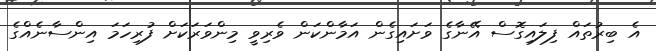
އެ ބިރުތައް ފިލައިގޮސް އޭނާގެ ވަށައިގެން އަމާންކަން ވެރިވީ މިންވަރަކަށް ފުރިހަމަ އިންސާނެއްގެ